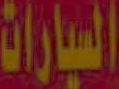
السيارات